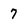
Character: 7